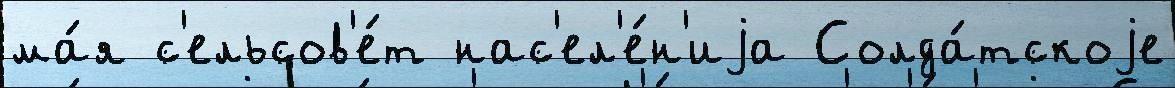
ма́я с'ельсов'е́т нас'ел'е́н'иjа Солда́тскоjе